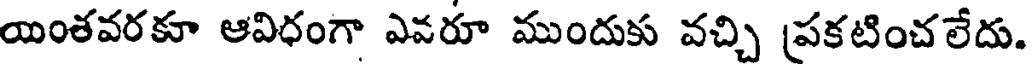
యింతవరకూ ఆవిధంగా ఎవరూ ముందుకు వచ్చి ప్రకటించలేదు.